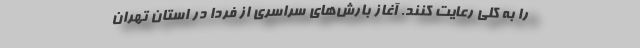
را به کلی رعایت کنند. آغاز بارش‌های سراسری از فردا در استان تهران